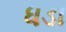
ધડા